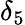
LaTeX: \delta_{5}